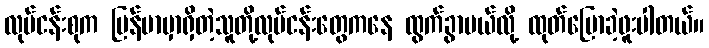
လုပ်ငန်းစုက မြန်မာမှာရှိတဲ့သူတို့လုပ်ငန်းတွေကနေ ထွက်ခွာမယ်လို့ ထုတ်ပြောခဲ့ဖူးပါတယ်။